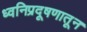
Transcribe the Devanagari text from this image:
ध्वनिप्रदूषणातून